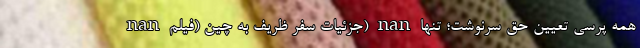
nan جزئيات سفر ظريف به چين (فیلم) nan همه پرسی تعیین حق سرنوشت؛ تنها